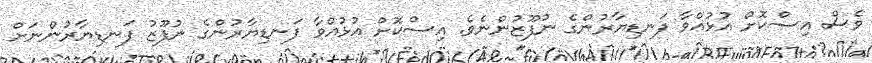
ވެސް އިސްކޮށް އުޅުއްވާ ފަނޑިޔާރުންގެ ނުފޫޒުންނެވެ. އިސްކޮށް އުޅުއްވާ ފަނޑިޔާރުންގެ ނުފޫޒު ފަނޑިޔާރުންނަށް